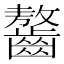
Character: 𪙠